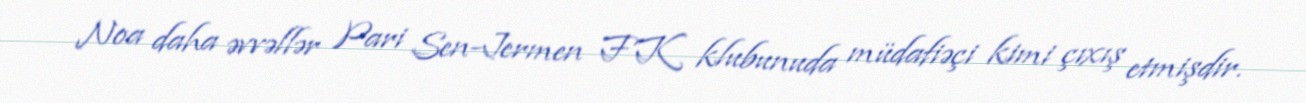
Noa daha əvvəllər Pari Sen-Jermen FK klubunuda müdafiəçi kimi çıxış etmişdir.